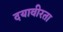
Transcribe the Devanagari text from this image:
दयावीरता